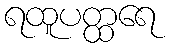
ရထူပတ္ထရေ